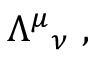
{ \Lambda ^ { \mu } } _ { \nu } ~ ,